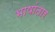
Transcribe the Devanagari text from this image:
भाषांतार